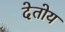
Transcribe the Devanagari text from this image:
देतोय